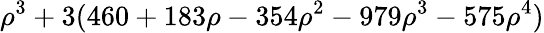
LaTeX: \rho^{3}+3(460+183\rho-354\rho^{2}-979\rho^{3}-575\rho^{4})